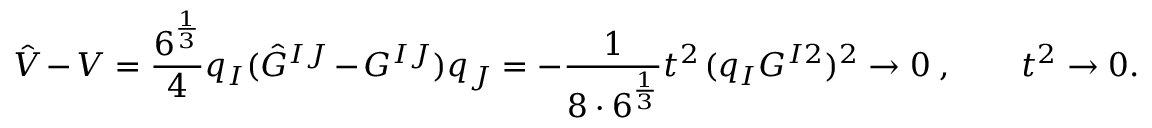
\hat { V } - V = \frac { 6 ^ { \frac { 1 } { 3 } } } { 4 } q _ { I } ( \hat { G } ^ { I J } - G ^ { I J } ) q _ { J } = - \frac { 1 } { 8 \cdot 6 ^ { \frac { 1 } { 3 } } } t ^ { 2 } \: ( q _ { I } G ^ { I 2 } ) ^ { 2 } \rightarrow 0 \ , \qquad t ^ { 2 } \rightarrow 0 .